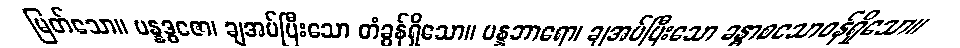
မြတ်သော။ ပန္နဒ္ဓဇော၊ ချအပ်ပြီးသော တံခွန်ရှိသော။ ပန္နဘာရော၊ ချအပ်ပြီးသော ခန္ဓာစသောဝန်ရှိသော။